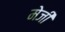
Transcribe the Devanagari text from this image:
मेजी